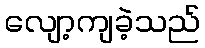
လျော့ကျခဲ့သည်